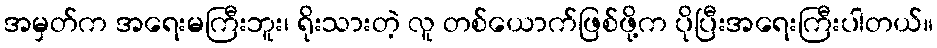
အမှတ်က အရေးမကြီးဘူး၊ ရိုးသားတဲ့ လူ တစ်ယောက်ဖြစ်ဖို့က ပိုပြီးအရေးကြီးပါတယ်။